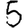
Digit: 5